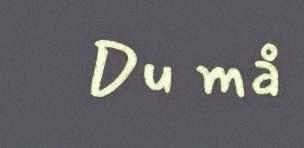
Du må